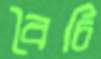
বৈচি